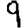
Digit: 9